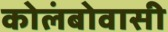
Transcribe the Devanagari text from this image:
कोलंबोवासी